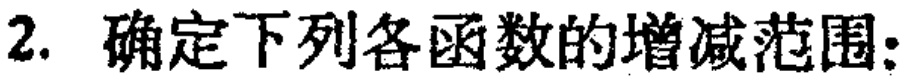
2. 确定下列各函数的增减范围：